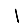
Digit: 1